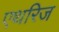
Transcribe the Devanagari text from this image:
एथरिज